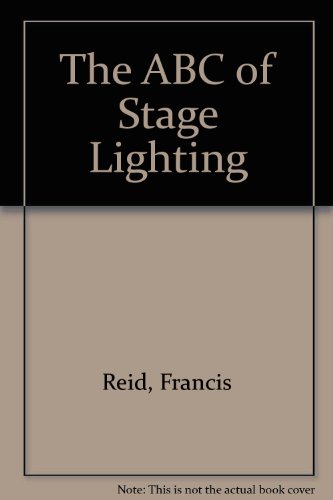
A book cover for The ABC of Stage Lighting; Francis Reid; Humor & Entertainment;